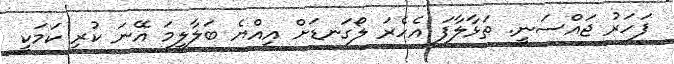
ފަހަރު ޖައްސަނީ. ތަޅާލާފަ އެހެރަ ލޯގަނޑަށް އިއްޔެ ބަލާލީމަ އޭނަ ކުރި ކަމަކީ